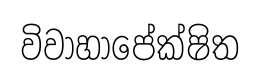
විවාහාපේක්ෂිත